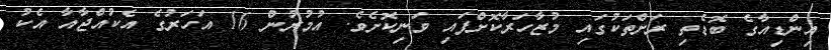
އިންޑިއާގެ ބޮޑެތި ރަށްތަކުގައި މުޒާހަރާކޮށްފައި ވަނިކޮށެވެ. އުމުރުން 16 އަހަރުގެ އެކުއްޖާއާ އެކު